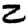
Digit: 2